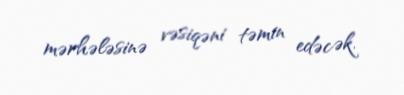
mərhələsinə vəsiqəni təmin edəcək.